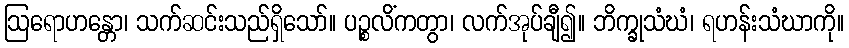
ဩရောဟန္တော၊ သက်ဆင်းသည်ရှိသော်။ ပဉ္စလိံကတွာ၊ လက်အုပ်ချီ၍။ ဘိက္ခုသံဃံ၊ ရဟန်းသံဃာကို။